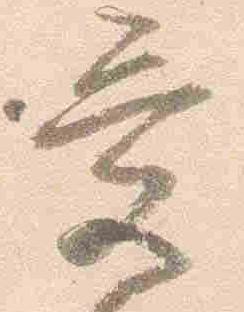
受